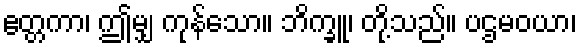
ဧတ္တကာ၊ ဤမျှ ကုန်သော။ ဘိက္ခူ၊ တို့သည်။ ပဌမဝယာ၊